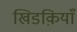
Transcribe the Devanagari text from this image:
खिडक़ियाँ